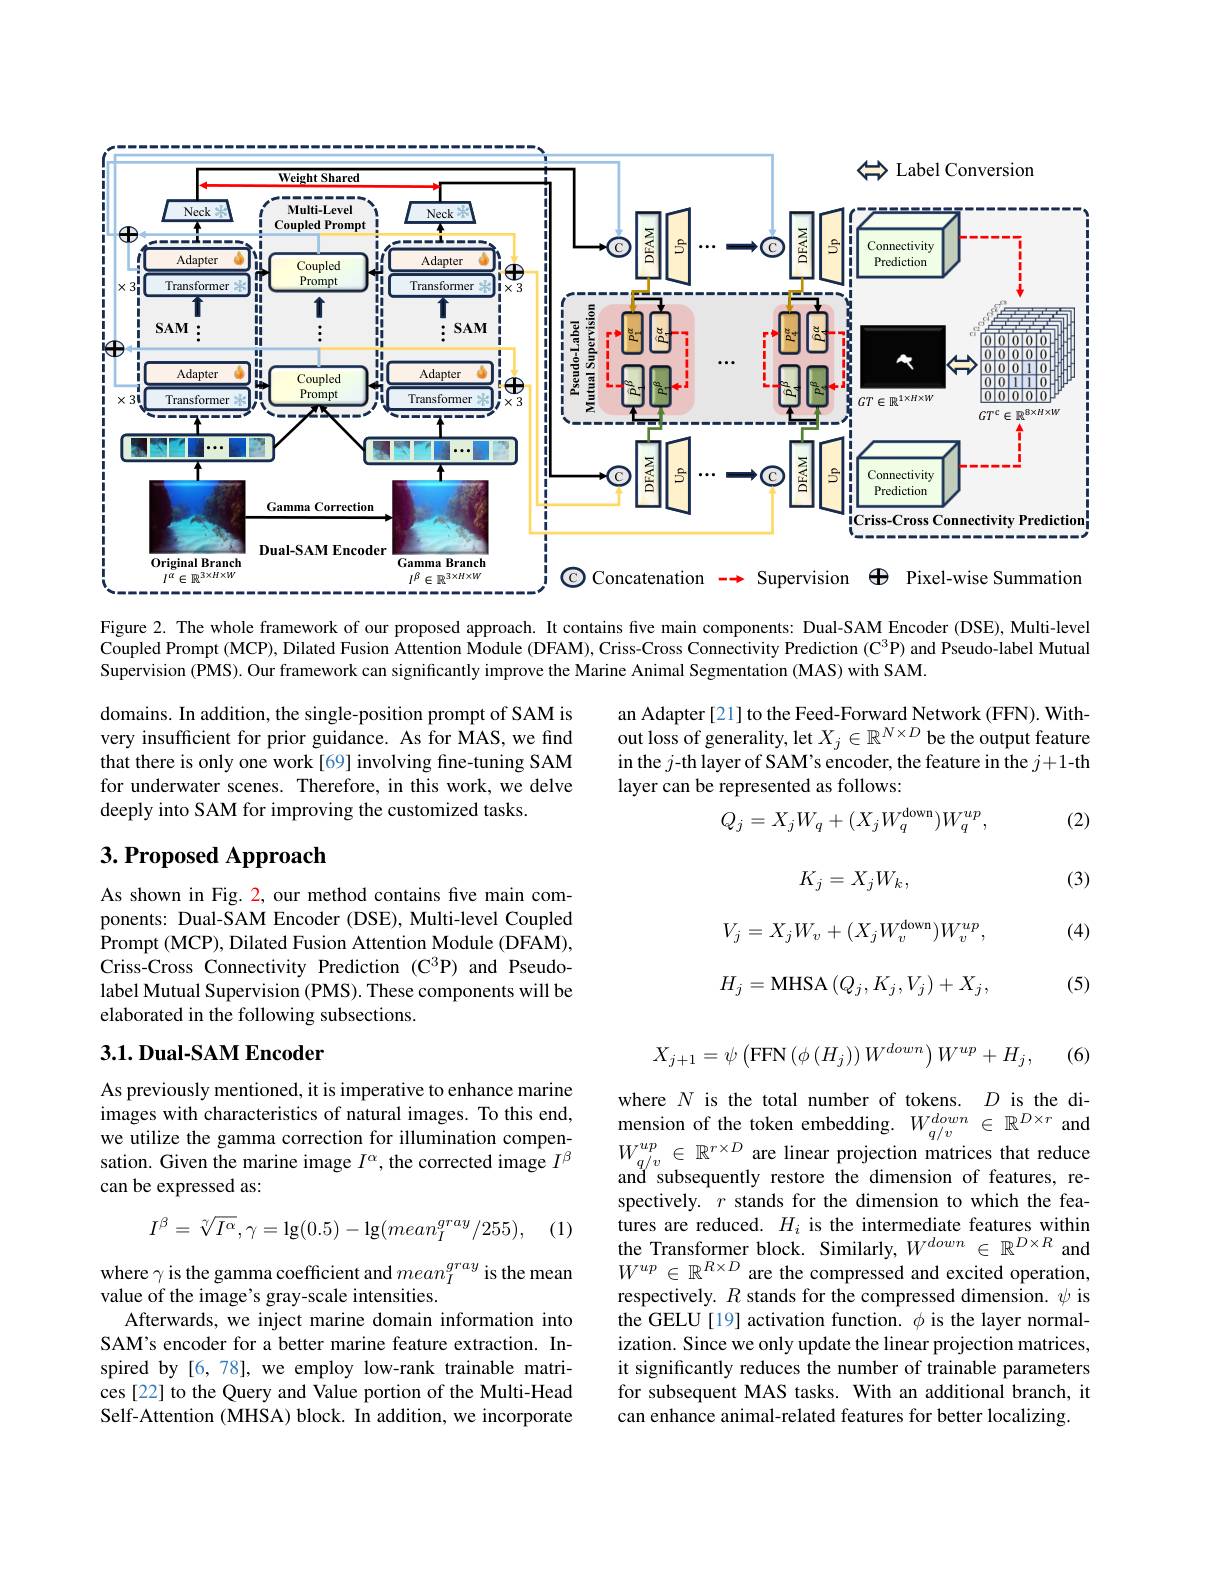
<FigureHere>

Figure 2. The whole framework of our proposed approach. It contains five main components: Dual-SAM Encoder (DSE), Multi-level $\bar{\text{Coupled Prompt(MCP),Dilated Fusion Attention Module(DFAM),Criss-Cross ConnectivityPrediction(C}^3}$P) and Pseudo-label Mutual Supervision (PMS). Our framework can significantly improve the Marine Animal Segmentation (MAS) with SAM.

an Adapter [21] to the Feed-Forward Network (FFN). Without loss of generality, let $X_j\in\mathbb{R}^{N\times D}$ be the output feature in the $j$-th layer of SAM's encoder, the feature in the $j+1$-th layer can be represented as follows:

domains. In addition, the single-position prompt of SAM is very insufficient for prior guidance. As for MAS, we find that there is only one work[69] involving fine-tuning SAM for underwater scenes. Therefore, in this work, we delve deeply into SAM for improving the customized tasks.

(2)
$$Q_{j}=X_{j}W_{q}+(X_{j}W_{q}^{\mathrm{down}})W_{q}^{up},$$
# 3. Proposed Approach

(3)
$$K_j=X_jW_k,$$
$$V_j=X_jW_v+(X_jW_v^\mathrm{down})W_v^{up},$$
(4)

As shown in Fig. 2, our method contains five main components: Dual-SAM Encoder (DSE), Multi-level Coupled Prompt (MCP), Dilated Fusion Attention Module (DFAM), Criss-Cross Connectivity Prediction (C$^3$P) and Pseudolabel Mutual Supervision (PMS). These components will be elaborated in the following subsections.
$$H_j=\text{MHSA}\left(Q_j,K_j,V_j\right)+X_j,$$
(5)

### $3. 1. \textbf{Dual- SAM Encoder}$
$$X_{j+1}=\psi\left(\mathrm{FFN}\left(\phi\left(H_{j}\right)\right)W^{down}\right)W^{up}+H_{j},$$
(6)

As previously mentioned, it is imperative to enhance marine images with characteristics of natural images. To this end, we utilize the gamma correction for illumination compensation. Given the marine image $I^\alpha$, the corrected image $I^\beta$ can be expressed as:

(1)
$$I^{\beta}=\sqrt[\gamma]{I^{\alpha}},\gamma=\lg(0.5)-\lg(mean_{I}^{gray}/255),$$
where $N$ is the total number of tokens. $D$ is the dimension of the token embedding. $W_q/v^{down}\in\mathbb{R}^{D\times r}$ and $\begin{array}{l}W_{q/v}^{up}\in\mathbb{R}^{r\times D}\text{ are linear projection matrices that reduce}\\\mathrm{and~subsequently~restore~the~dimension~of~features,~re-}\end{array}$ spectively. $r$ stands for the dimension to which the features are reduced. $H_i$ is the intermediate features within the Transformer block. Similarly, $W^{down}\in\mathbb{R}^{D\times R}$ and $W^{up}\in\mathbb{R}^{R\times D}$ are the compressed and excited operation, respectively. $R$ stands for the compressed dimension. $\psi$ is the GELU[19] activation function. $\phi$ is the layer normalization. Since we only update the linear projection matrices, it significantly reduces the number of trainable parameters for subsequent MAS tasks. With an additional branch, it can enhance animal-related features for better localizing

where $\gamma$ is the gamma coefficient and $mean_I^{gray}$ is the mean
value of the image's gray-scale intensities.
Afterwards, we inject marine domain information into SAM's encoder for a better marine feature extraction. Inspired by[6,78],we employ low-rank trainable matrices [22] to the Query and Value portion of the Multi-Head Self-Attention (MHSA) block. In addition, we incorporate